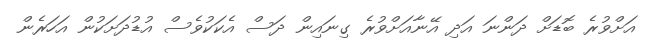
އަށްވުރެ ބޮޑަށް ދަންނަ އަދި އޭނާއަށްވުރެ ގިނައިން ދަސް އެކަކުވެސް އުޑުދަށަކުން އަހަރެން